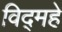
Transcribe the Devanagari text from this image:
विद्‌महे